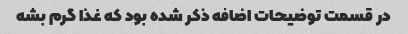
در قسمت توضیحات اضافه ذکر شده بود که غذا گرم بشه